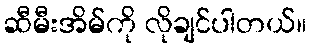
ဆီမီးအိမ်ကို လိုချင်ပါတယ်။